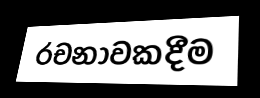
රචනාවකදීම